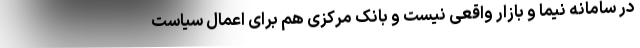
در سامانه نیما و بازار واقعی نیست و بانک مرکزی هم برای اعمال سیاست